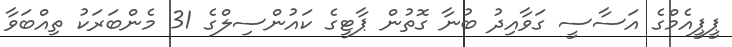
ޕީޕީއެމްގެ އަސާސީ ގަވާއިދު ބުނާ ގޮތުން ޕާޓީގެ ކައުންސިލްގެ 31 މެންބަރަކު ތިއްބަވާ